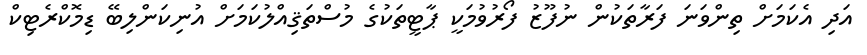
އަދި އެކަމަށް ތިންވަނަ ފަރާތަކުން ނުފޫޒު ފޯރުވުމަކީ ޕާޓީތަކުގެ މުސްތަޤިއްލުކަމަށް އުނިކަންލިބޭ ޑިމޮކްރެޓިކް